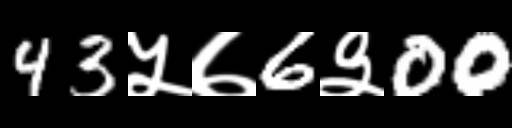
Text: 43५७6३00